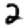
Digit: 2